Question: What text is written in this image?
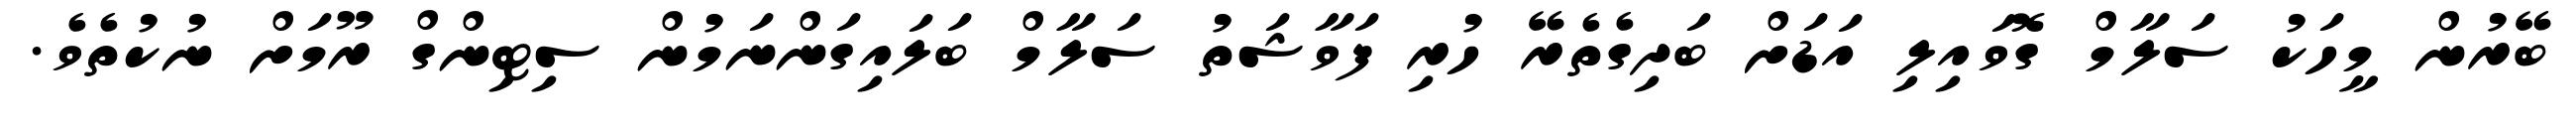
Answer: ބޭރުން މީހަކު ސަލާމް ގޮވައިލި އަޑަށް ބަދިގެތެރޭ ހުރި ފަވާޝަތު ސަލާމް ބަލައިގަންނަމުން ސިޓިންގް ރޫމަށް ނުކުތެވެ.